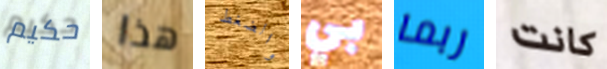
حكيم هذا والضغط بي ربما كانت